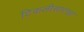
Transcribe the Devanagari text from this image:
टिकलीसारखा